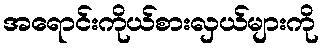
အရောင်းကိုယ်စားလှယ်များကို